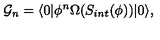
{ \cal G } _ { n } = \langle 0 | \phi ^ { n } \Omega ( S _ { i n t } ( \phi ) ) | 0 \rangle ,